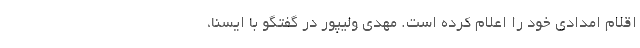
اقلام امدادی خود را اعلام کرده است. مهدی ولیپور در گفتگو با ایسنا،